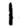
Digit: 1